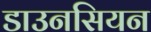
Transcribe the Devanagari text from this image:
डाउनसियन